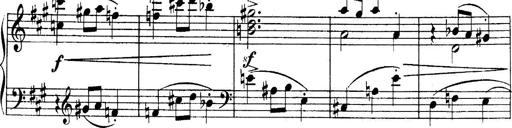
Title: 4 Sonatines
Composer: Max Reger